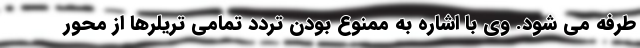
طرفه می شود. وی با اشاره به ممنوع بودن تردد تمامی تریلرها از محور